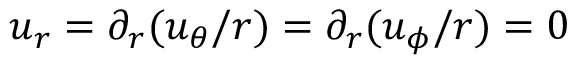
u _ { r } = \partial _ { r } ( u _ { \theta } / r ) = \partial _ { r } ( u _ { \phi } / r ) = 0